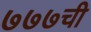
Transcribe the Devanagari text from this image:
७७७ची